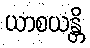
ယာစယန္တိ